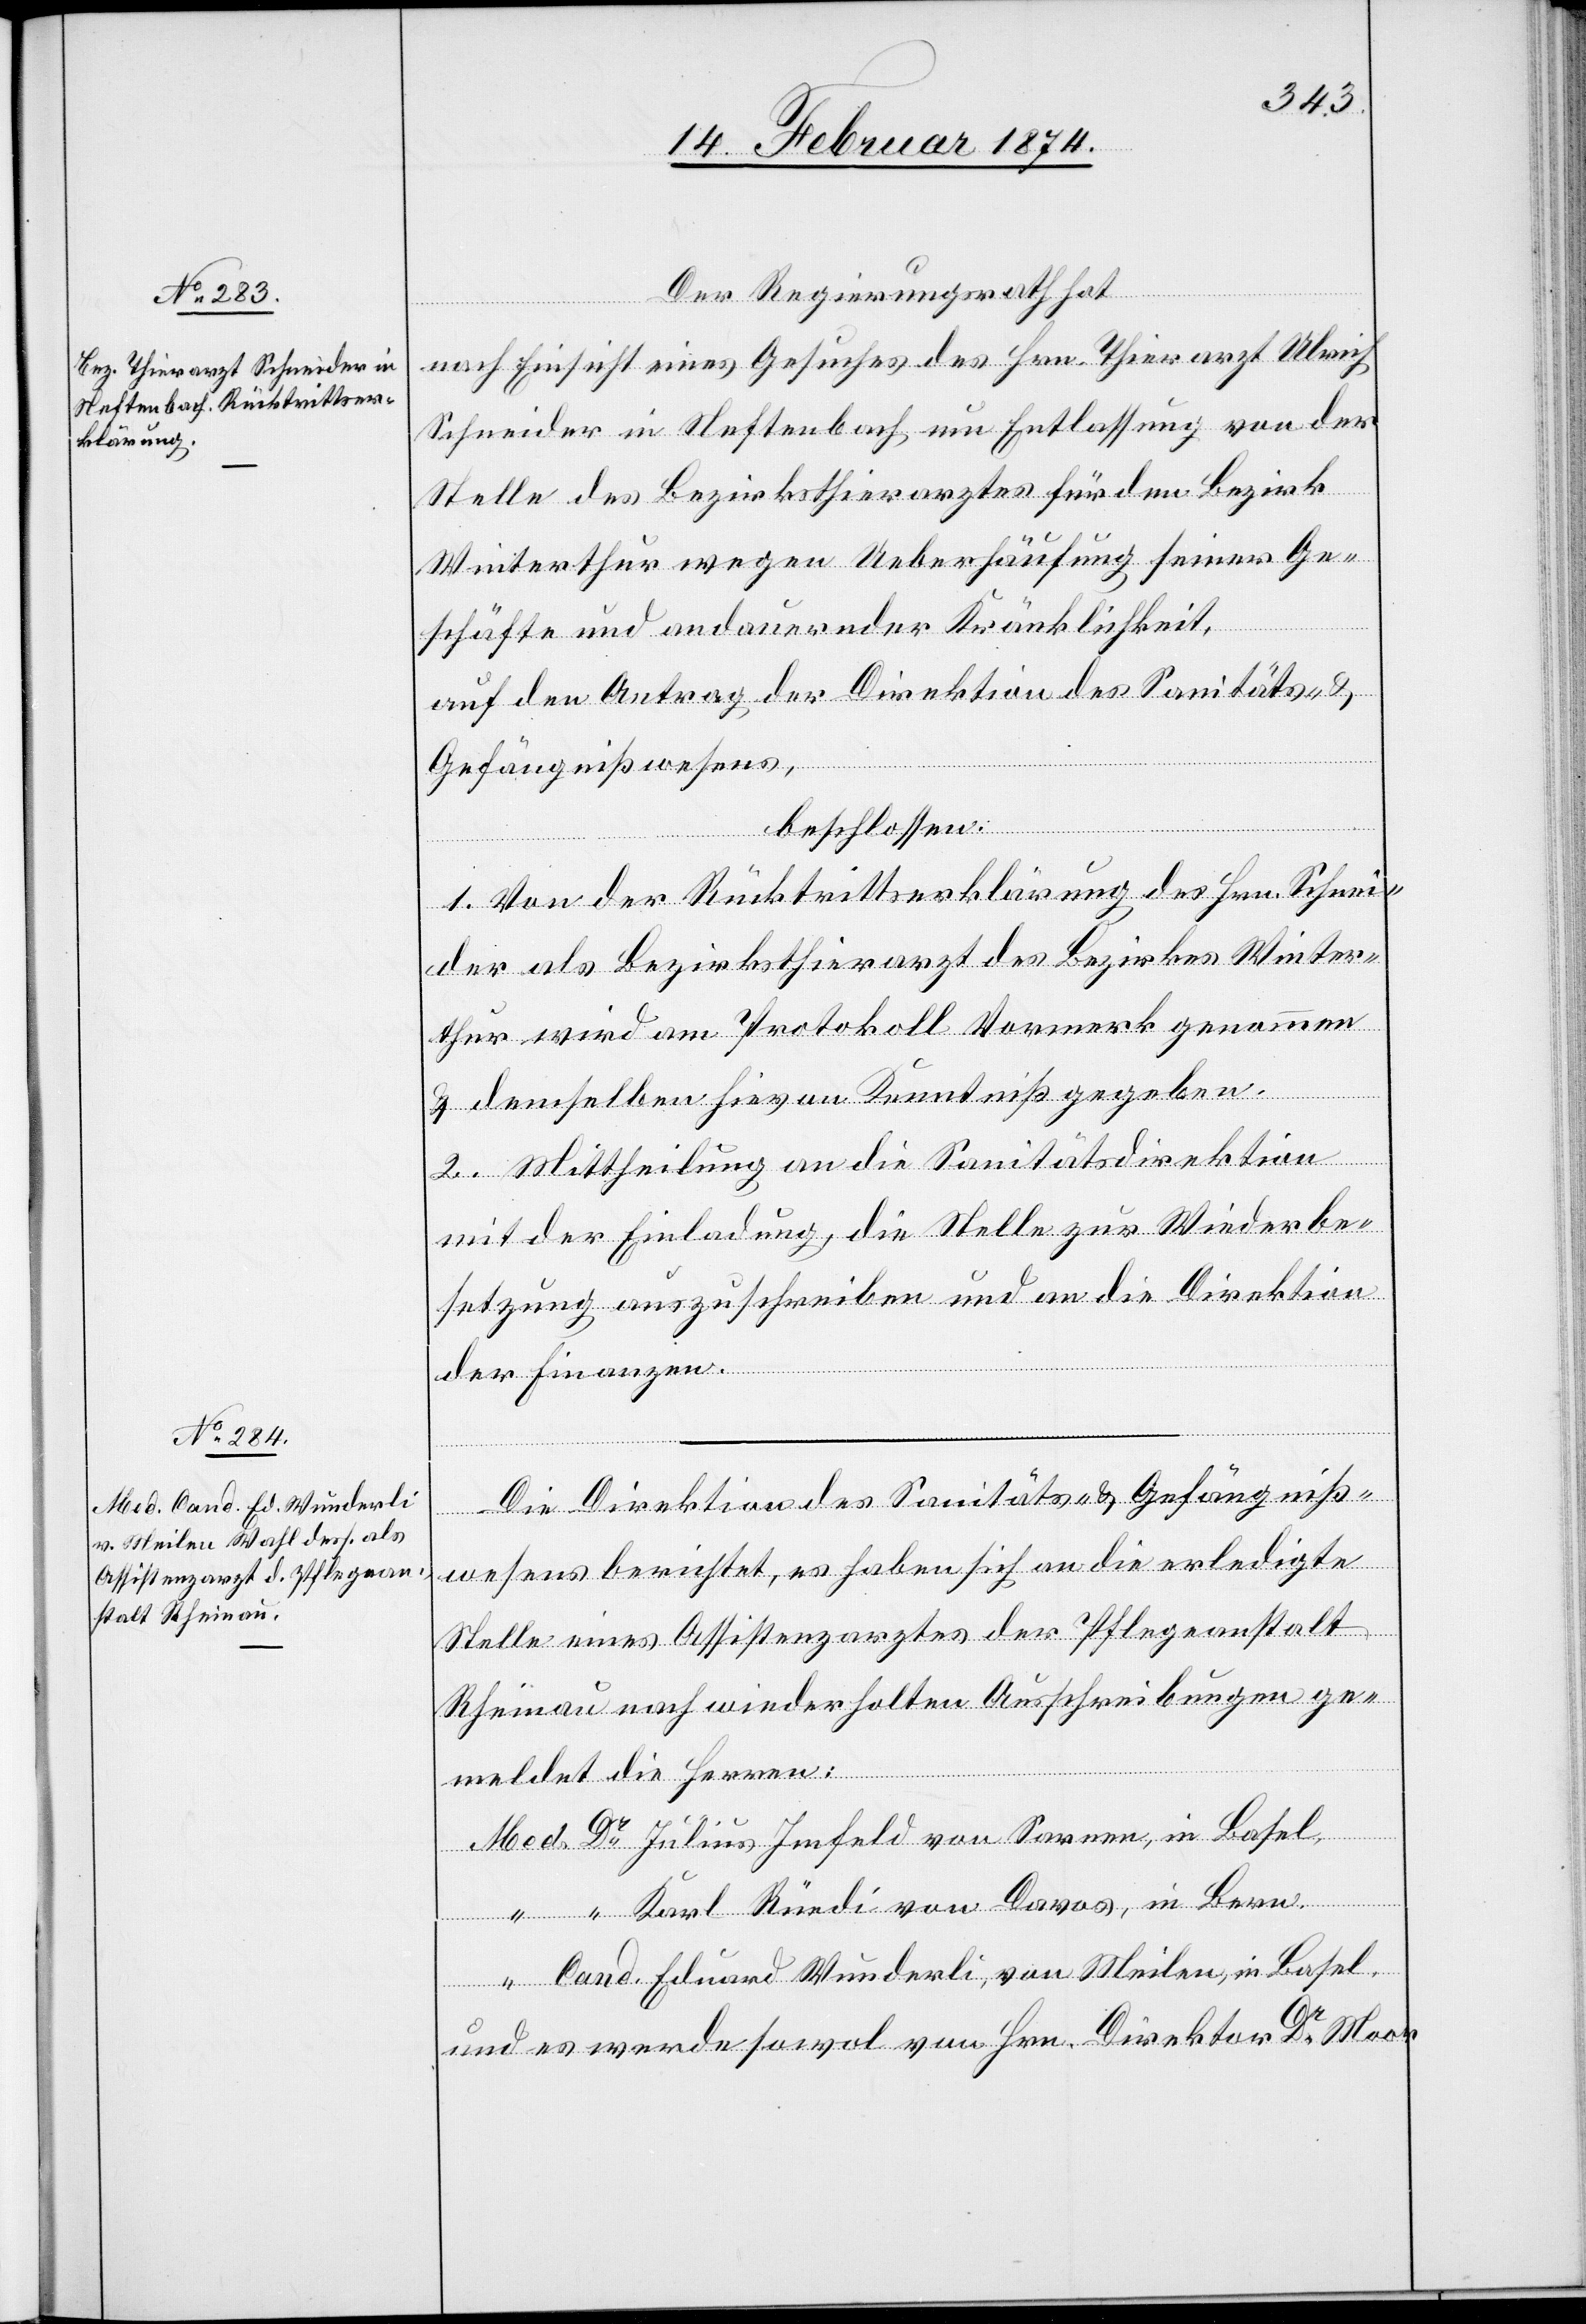
Der Regierungsrath hat
nach Einsicht eines Gesuches des Hrn. Thierarzt Ulrich
Schneider in Neftenbach um Entlassung von der
Stelle des Bezirksthierarztes für den Bezirk
Winterthur wegen Ueberhäufung seiner Ge¬
schäfte und andauernder Kränklichkeit,
auf den Antrag der Direktion des Sanitäts- u.
Gefängnißwesens,
beschlossen:
1. Von der Rücktrittserklärung des Hrn. Schnei¬
der als Bezirksthierarzt des Bezirkes Winter¬
thur wird am Protokoll Vormerk genommen
u. demselben hievon Kenntniß gegeben.
2. Mittheilung an die Sanitätsdirektion
mit der Einladung die Stelle zur Wiederbe¬
setzung auszuschreiben und an die Direktion
der Finanzen.
Die Direktion des Sanitäts- u. Gefängniß¬
wesens berichtet, es haben sich an die erledigte
Stelle eines Assistenzarztes der Pflegeanstalt
Rheinau nach wiederholten Ausschreibungen ge¬
Cand.
meldet die Herren:
“
Julius Imfeld von Sarnen, in Basel,
Karl Rüedi von Davos, in Bern.
Eduard Wunderli, von Meilen, in Basel.
und es werde sowol von Hrn. Direktor Dr Moor